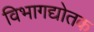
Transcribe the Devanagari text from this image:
विभागद्योतक